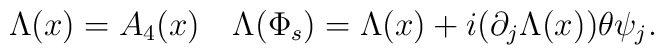
\Lambda (x)=A_{4}(x) \quad \Lambda (\Phi _{s})=\Lambda (x) +i(\partial_{j}\Lambda (x))\theta \psi _{j}.